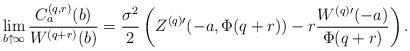
LaTeX: \begin{align*}\lim_{b \uparrow \infty}\frac {C_a^{(q,r)}(b)} {W^{(q+r)}(b)} = \frac{\sigma^2}{2}\left(Z^{(q) \prime} (-a, \Phi(q+r)) - r \frac{W^{(q)\prime}(-a)} {\Phi(q+r) }\right).\end{align*}